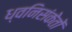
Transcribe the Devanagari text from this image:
ध्वनिसंकेतों